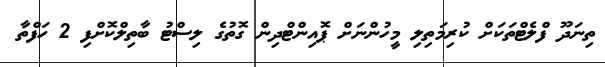
ތިނަދޫ ފްލެޓްތަކަށް ކުރިމަތިލި މީހުންނަށް ޕޮއިންޓްދިން ގޮތުގެ ލިސްޓު ބާތިލްކޮށްފި 2 ހަފްތާ